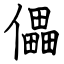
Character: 儡